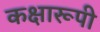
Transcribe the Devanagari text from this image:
कक्षारूपी